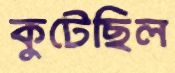
কুটেছিল